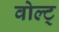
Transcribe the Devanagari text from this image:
वोल्ट्